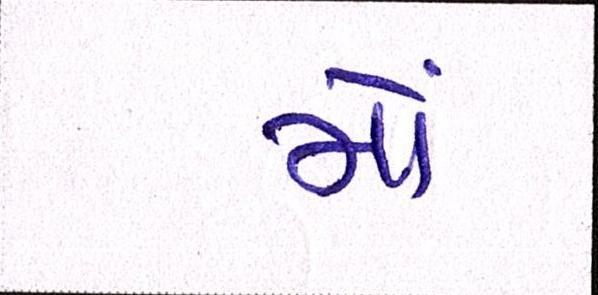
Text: મોં